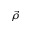
\vec { \rho }